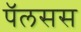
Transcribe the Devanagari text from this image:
पॅलसस